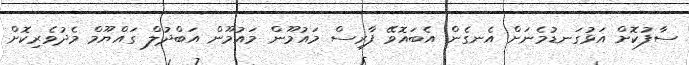
ސާފުކޮށް އަޅުގަނޑުމެނަށް އެނގެން އެބައޮވޭ ފާރިސް މައުމޫން މައުމޫން އަބްދުލް ގައްޔޫމް މެދުވެރިކޮށް